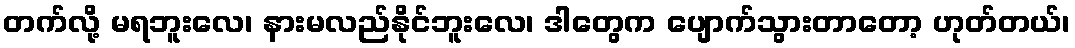
တက်လို့ မရဘူးလေ၊ နားမလည်နိုင်ဘူးလေ၊ ဒါတွေက ပျောက်သွားတာတော့ ဟုတ်တယ်၊